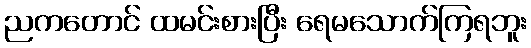
ညကတောင် ထမင်းစားပြီး ရေမသောက်ကြရဘူး